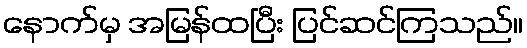
နောက်မှ အမြန်ထပြီး ပြင်ဆင်ကြသည်။